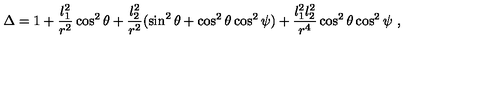
\Delta = 1 + \frac { l _ { 1 } ^ { 2 } } { r ^ { 2 } } \cos ^ { 2 } \theta + \frac { l _ { 2 } ^ { 2 } } { r ^ { 2 } } ( \sin ^ { 2 } \theta + \cos ^ { 2 } \theta \cos ^ { 2 } \psi ) + \frac { l _ { 1 } ^ { 2 } l _ { 2 } ^ { 2 } } { r ^ { 4 } } \cos ^ { 2 } \theta \cos ^ { 2 } \psi \ ,